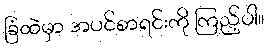
ခြံထဲမှာ အပင်စာရင်းကို ကြည့်ပါ။